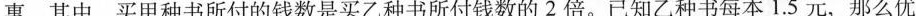
惠。其中，买甲种书所付的钱数是买乙种书所付钱数的2倍。已知乙种书每本1.5元，那么优